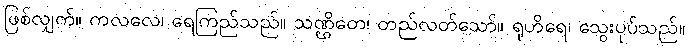
ဖြစ်လျှက်။ ကလလေ၊ ရေကြည်သည်။ သဏ္ဌိတေ၊ တည်လတ်သော်။ ရုဟိရေ၊ သွေးပုပ်သည်။